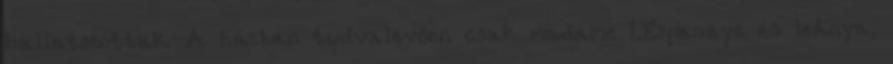
hallatszottak. A házban tudvalevően csak madame L'Espanaye és leánya,